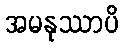
အမနုဿာပိ